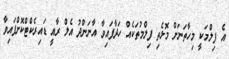
އެ ފިލްމަކީ މިހާތަނަށް މޮޅެތި ފިލްމުތަކެއް ހަދާފައިވާ އާނަންދު އެލް ރާއީ ޑައިރެކްޓްކޮށްފައިވާ